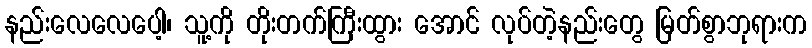
နည်းလေလေပေါ့၊ သူ့ကို တိုးတက်ကြီးထွား အောင် လုပ်တဲ့နည်းတွေ မြတ်စွာဘုရားက